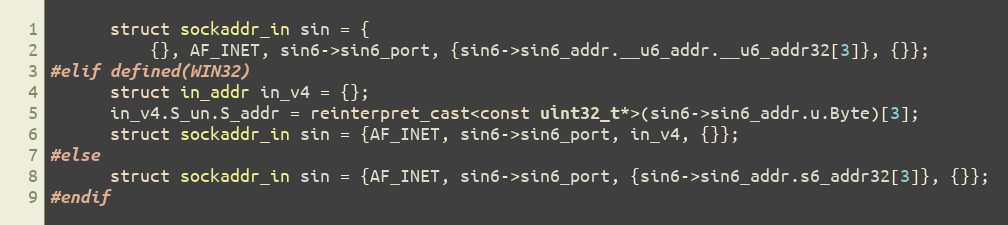
Language: C++
      struct sockaddr_in sin = {
          {}, AF_INET, sin6->sin6_port, {sin6->sin6_addr.__u6_addr.__u6_addr32[3]}, {}};
#elif defined(WIN32)
      struct in_addr in_v4 = {};
      in_v4.S_un.S_addr = reinterpret_cast<const uint32_t*>(sin6->sin6_addr.u.Byte)[3];
      struct sockaddr_in sin = {AF_INET, sin6->sin6_port, in_v4, {}};
#else
      struct sockaddr_in sin = {AF_INET, sin6->sin6_port, {sin6->sin6_addr.s6_addr32[3]}, {}};
#endif